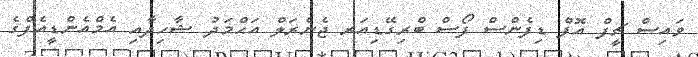
ވައިސް ޗީފް އޮފް ޑިފެންސް ފޯސް ބްރިގޭޑިއަރ ޖެނެރަލް އަޙްމަދު ޝާހިދާއި އެމްއެންޑީއެފްގެ